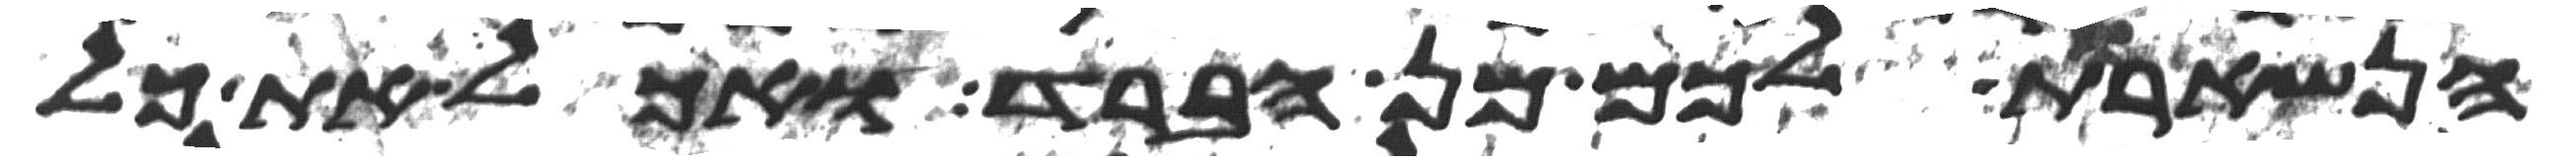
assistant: הנשארת לכם מן הברד ואכל את כל